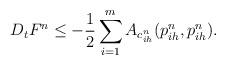
LaTeX: \begin{align*}D_tF^n&\leq - \frac{1}{2} \sum_{i=1}^m A_{c_{ih}^n}(p_{ih}^n, p_{ih}^n).\end{align*}